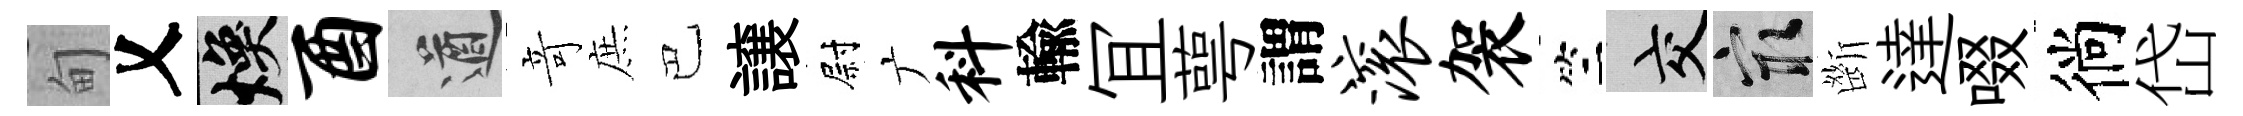
甸乂焕酉遒竒庶巴譲尉广料輸冝萼謂滚袈竺交冣㫁達啜徜岱